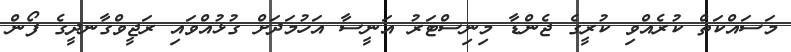
މަސައްކަތް ކުރެއްވި ކުރީގެ ޖެންޑާ މިނިސްޓަރު އަނީސާ އަހުމަދަށް ގުޅުއްވައި ރަޖީވްގާނދީގެ ފޯން